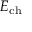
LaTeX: E _ { \mathrm { c h } }